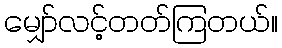
မျှော်လင့်တတ်ကြတယ်။